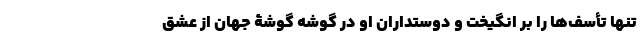
تنها تأسف‌ها را بر انگیخت و دوستداران او در گوشه گوشۀ جهان از عشق